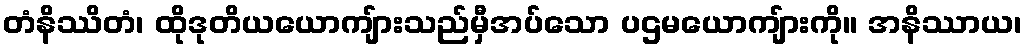
တံနိဿိတံ၊ ထိုဒုတိယယောကျ်ားသည်မှီအပ်သော ပဌမယောကျ်ားကို။ အနိဿာယ၊